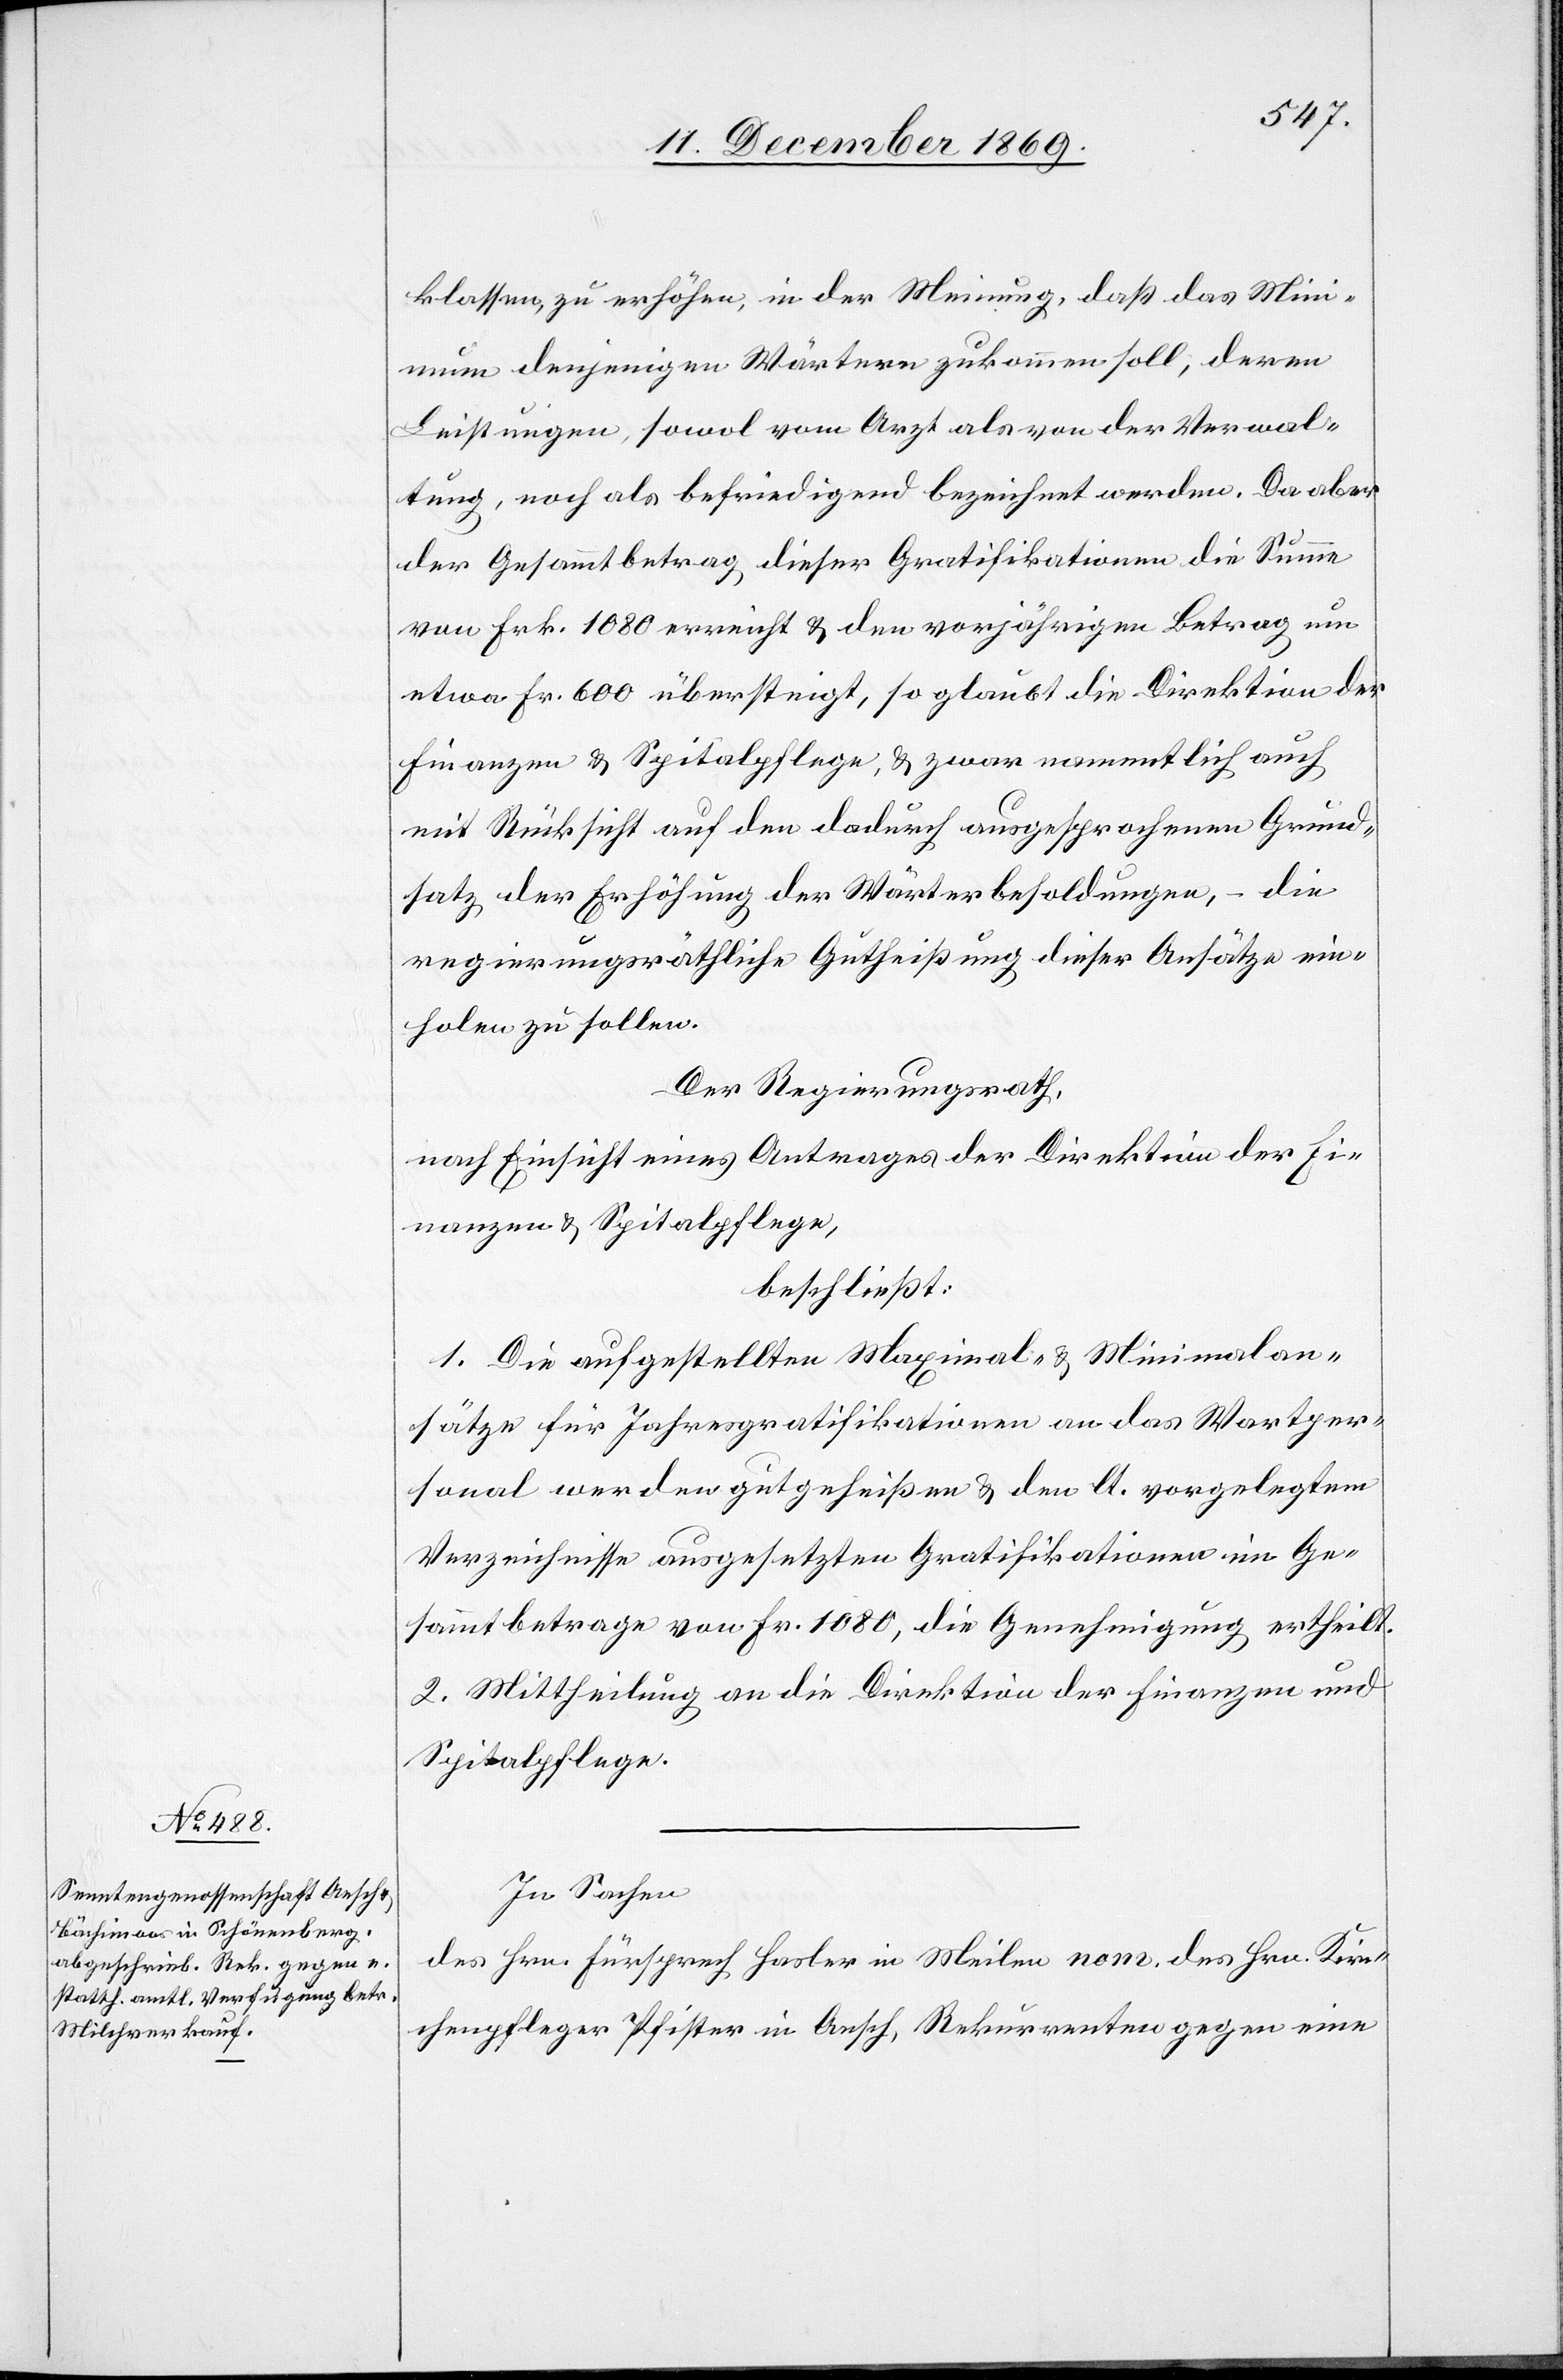
klassen, zu erhöhen, in der Meinung, daß das Min¬
imum denjenigen Wärtern zukommen soll, deren
Leistungen, sowol vom Arzt als von der Verwal¬
tung, noch als befriedigend bezeichnet werden. Da aber
der Gesammtbetrag dieser Gratifikationen die Summe
von Frk. 1080 erreicht & den vorjährigen Betrag um
etwa Fr. 600 übersteigt, so glaubt die Direktion der
Finanzen & Spitalpflege, & zwar namentlich auch
mit Rücksicht auf den dadurch ausgesprochenen Grund¬
satz der Erhöhung der Wärterbesoldungen, – die
regierungsräthliche Gutheißung dieser Ansätze ein¬
holen zu sollen.
Der Regierungsrath,
nach Einsicht eines Antrages der Direktion der Fi¬
nanzen & Spitalpflege,
beschließt:
1. Die aufgestellten Maximal- & Minimalan¬
sätze für Jahresgratifikationen an das Wartper¬
sonal werden gutgeheißen & den lt. vorgelegtem
Verzeichnisse ausgesetzten Gratifikationen im Ge¬
sammtbetrage von Fr. 1080, die Genehmigung ertheilt.
2. Mittheilung an die Direktion der Finanzen und
Spitalpflege.
In Sachen
des Hrn. Fürsprech Hasler in Meilen nom. des Hrn. Kir¬
chenpfleger Pfister in Aesch, Rekurrenten gegen eine